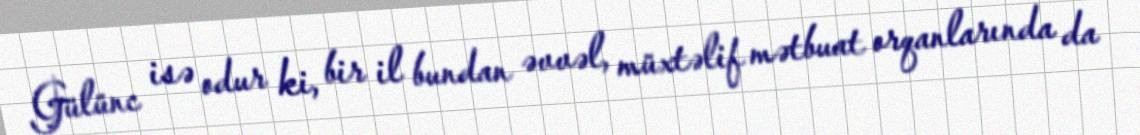
Gülünc isə odur ki, bir il bundan əvvəl, müxtəlif mətbuat orqanlarında da